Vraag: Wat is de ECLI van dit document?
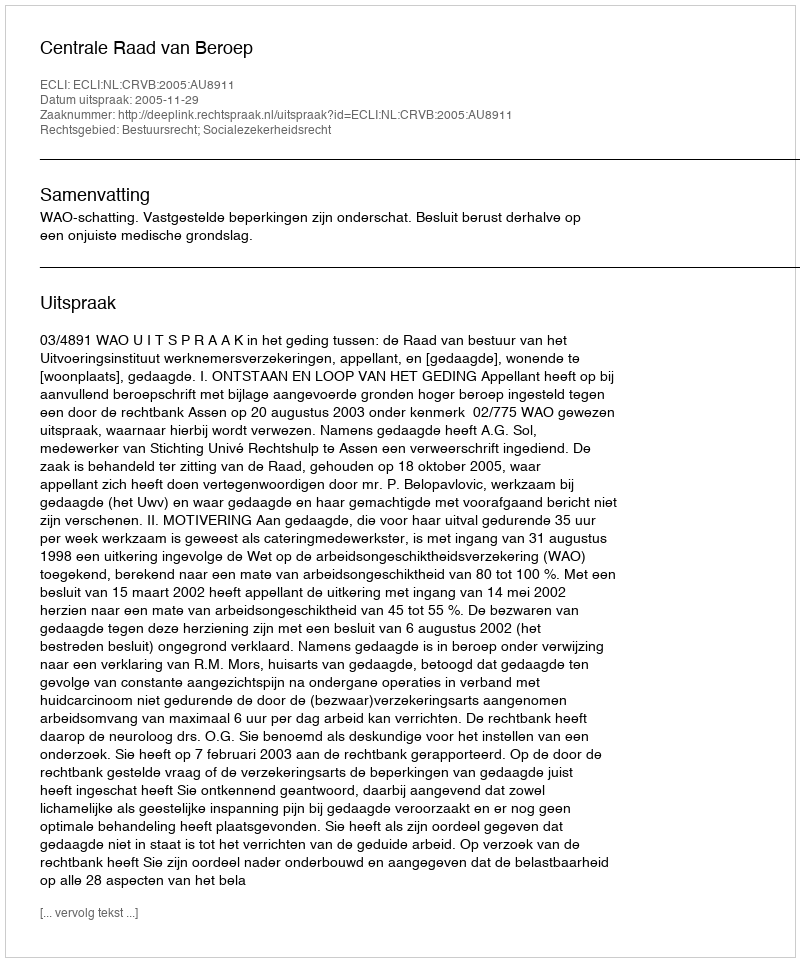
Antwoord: ECLI:NL:CRVB:2005:AU8911